Civil Veterinary Dept. North-West Frontier Province 1901-22 - 1901-1922
Year: 1901
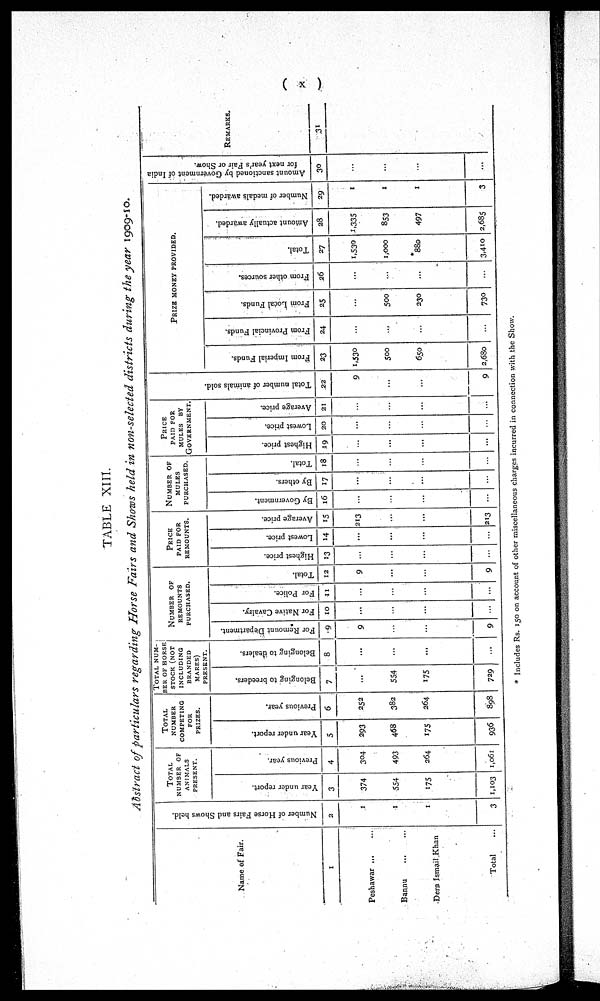
(x)
TABLE XIII.
Abstract of particulars regarding Horse Fairs and Shows held in non-selected districts during the year 1909-10.
Name of Fair.
1
Peshawar
...
...
Bannu
...
...
Dera Ismail Khan
Total ...
Number of Horse Fairs and Shows held.
2
1
1
1
3
TOTAL
NUMBER OF
ANIMALS
PRESENT.
Year under report.
3
374
554
175
1,103
Previous year.
4
304
493
264
1,061
TOTAL
NUMBER
COMPETING
FOR
PRIZES.
Year under report.
5
293
468
175
936
Previous year.
6
252
382
264
898
TOTAL NUM-
BER OF HORSE.
STOCK (NOT
INCLUDING
BRANDED
MARES)
PRESENT.
Belonging to breeders.
7
...
554
175
729
Belonging to dealers.
8
...
...
...
...
NUMBER OF
REMOUNTS
PURCHASED.
For Remount Department.
9
9
...
...
9
For Native Cavalry.
10
...
...
...
...
For Police.
11
...
...
...
...
Total.
12
9
...
...
9
PRICE
PAID FOR
REMOUNTS.
Highest price.
13
...
...
...
...
Lowest price.
14
...
...
...
...
Average price.
15
213
...
...
213
NUMBER OF
MULES
PURCHASED.
By Government.
16
...
...
...
...
By others.
17
...
...
...
...
Total.
18
...
...
...
...
PRICE
PAID FOR
MULES BY
GOVERNMENT.
Highest price.
19
...
...
...
...
Lowest price.
20
...
...
...
...
Average price.
21
...
...
...
...
Tot al number of animals sold
22
9
...
...
9
PRIZE MONEY PROVIDED.
From Imperial Funds.
23
1,530
500
650
2,680
From Provincial Funds.
24
...
...
...
...
From Local Funds.
25
...
500
230
730
From other sources.
26
...
...
...
...
Total.
27
1,530
1,000
*880
3,410
Amount actually awarded.
28
1,335
853
497
2,685
Number of medals awarded.
29
1
1
1
3
Amount sanctioned by Government of India
for next year's Fair or Show.
30
...
...
...
...
REMARKS.
31
* Includes Rs. 150 on account of other miscellaneous charges incurred in connection with the Show.